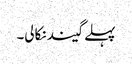
پہلے گیند نکالی۔